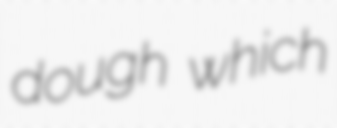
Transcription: dough which